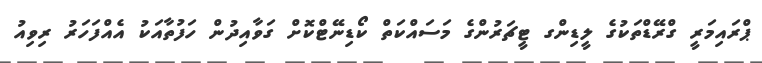
ޕްރައިމަރީ ގްރޭޑްތަކުގެ ލީޑިންގ ޓީޗަރުންގެ މަސައްކަތް ކޯޑިނޭޓްކޮށް ގަވާއިދުން ހަފުތާއަކު އެއްފަހަރު ރިވިއު